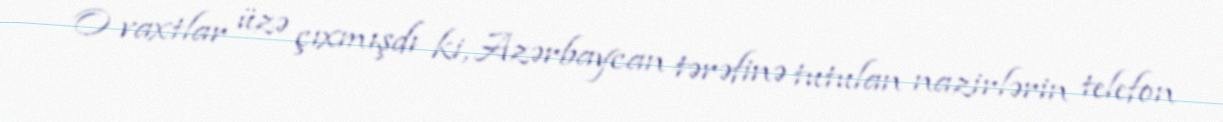
O vaxtlar üzə çıxmışdı ki, Azərbaycan tərəfinə tutulan nazirlərin telefon